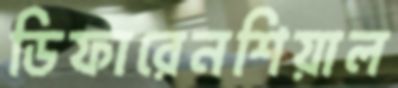
ডিফারেনশিয়াল